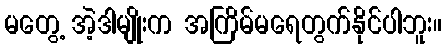
မတွေ့ အဲ့ဒါမျိုးက အကြိမ်မရေတွက်နိုင်ပါဘူး။